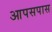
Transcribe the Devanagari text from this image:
आपसपास